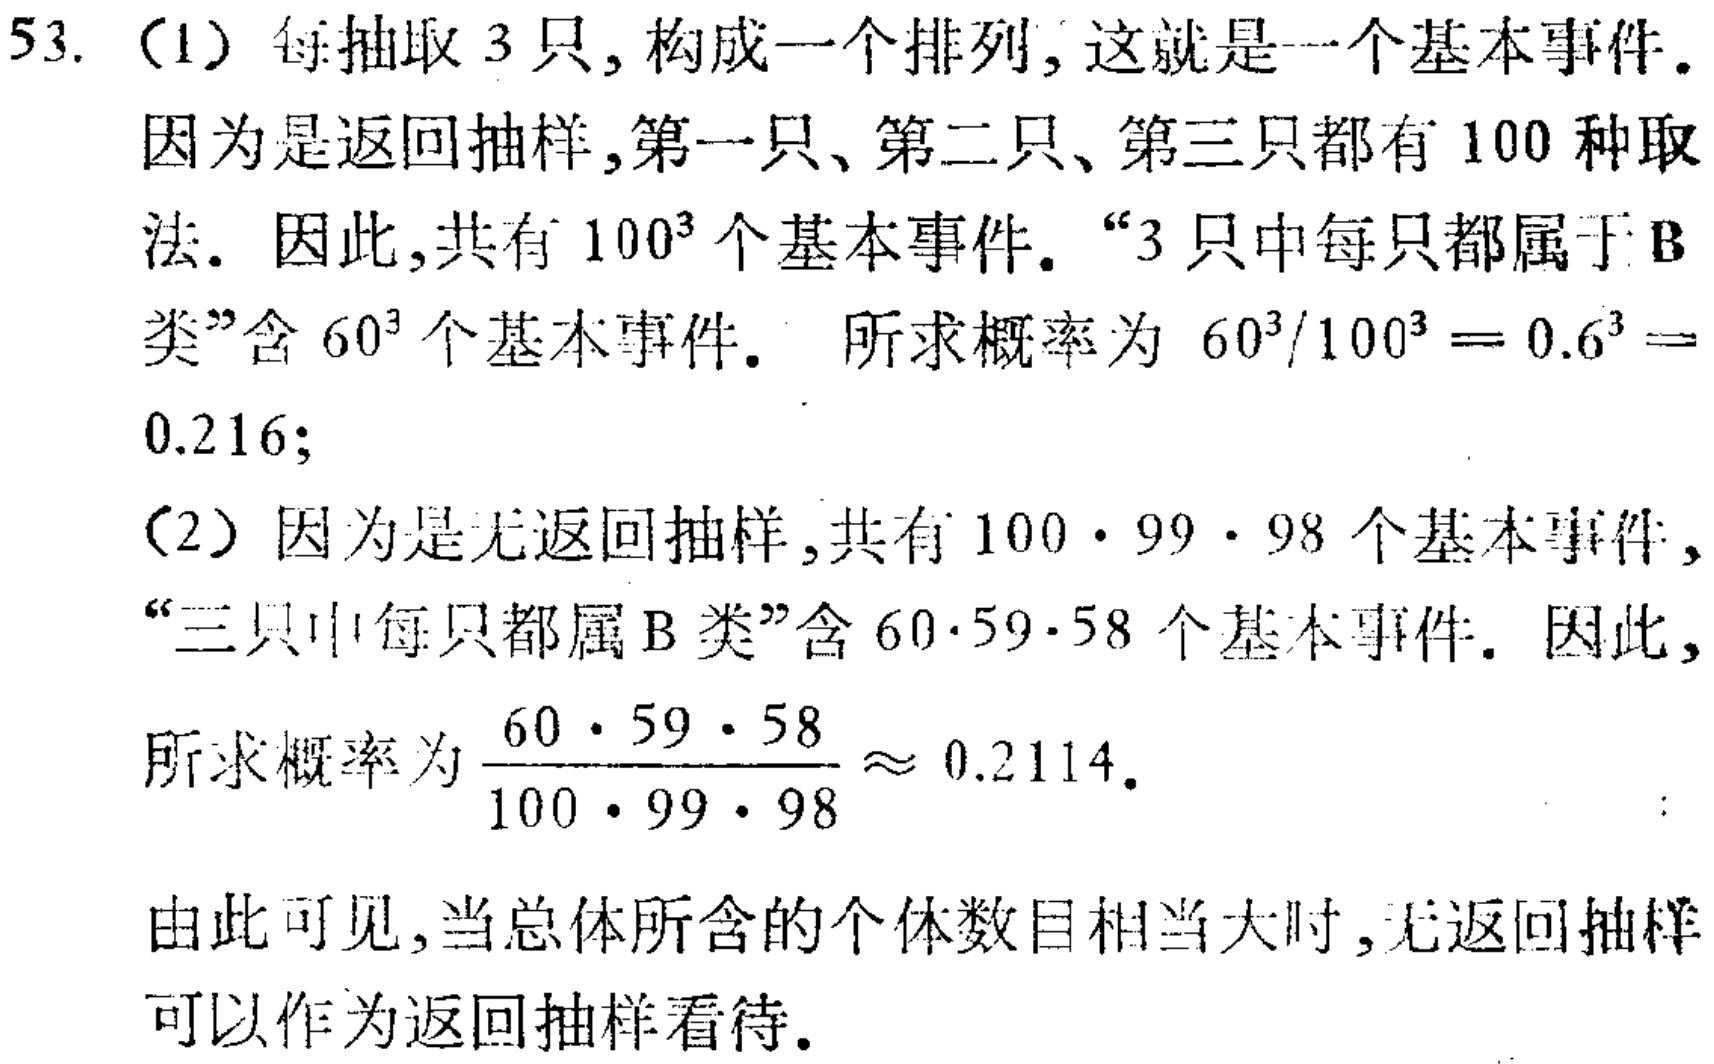
53. （1）每抽取 3 只, 构成一个排列, 这就是一个基本事件.

因为是返回抽样,第一只、第二只、第三只都有 100 种取

法. 因此,共有 \(100^{3}\) 个基本事件. “3 只中每只都属于 B

类”含 \(60^{3}\) 个基本事件.  所求概率为 \(60^{3}/100^{3}=0.6^{3}=\)

0.216;

（2）因为是无返回抽样,共有 \(100\cdot99\cdot98\) 个基本事件,

“三只中每只都属 B 类”含 \(60\cdot59\cdot58\) 个基本事件. 因此,

所求概率为 \(\frac{60\cdot59\cdot58}{100\cdot99\cdot98}\approx 0.2114\).

由此可见,当总体所含的个体数目相当大时,无返回抽样

可以作为返回抽样看待.